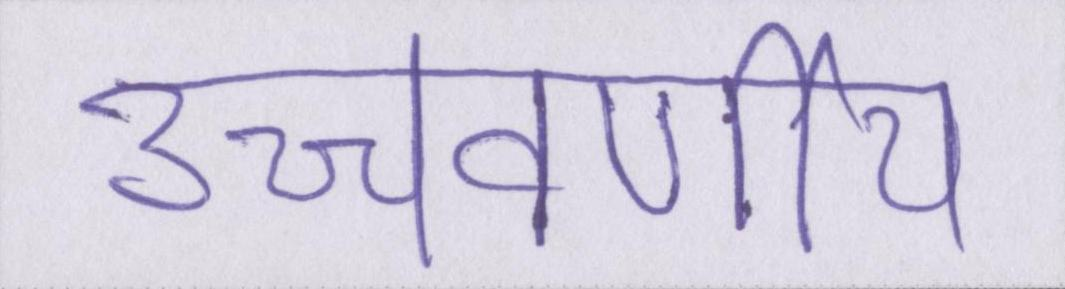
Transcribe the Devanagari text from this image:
उच्चवर्णीय